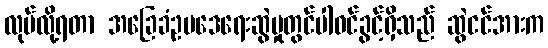
လုပ်လို့ရတာ အခြေခံဥပဒေရေးဆွဲမှုတွင်ပါဝင်ခွင့်ရှိသည် ဆွဲငင်အားက